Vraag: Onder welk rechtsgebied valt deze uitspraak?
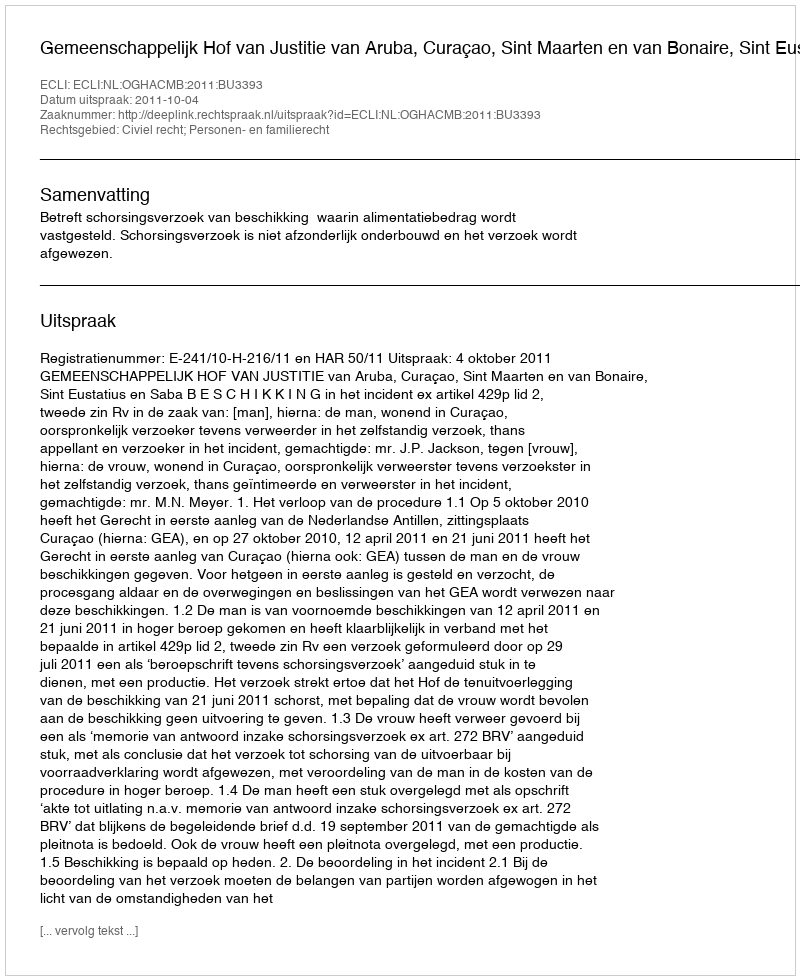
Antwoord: Civiel recht; Personen- en familierecht